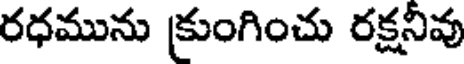
రధమును క్రుంగించు రక్షనీవు